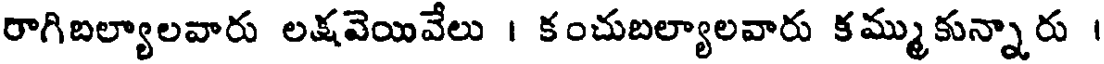
రాగిబల్యాలవారు లక్షవెయివేలు । కంచుబల్యాలవారు కమ్ముకున్నారు